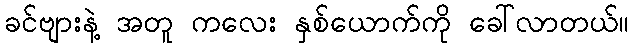
ခင်ဗျားနဲ့ အတူ ကလေး နှစ်ယောက်ကို ခေါ်လာတယ်။